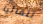
تلقائيا